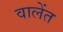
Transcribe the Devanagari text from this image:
वालेंत